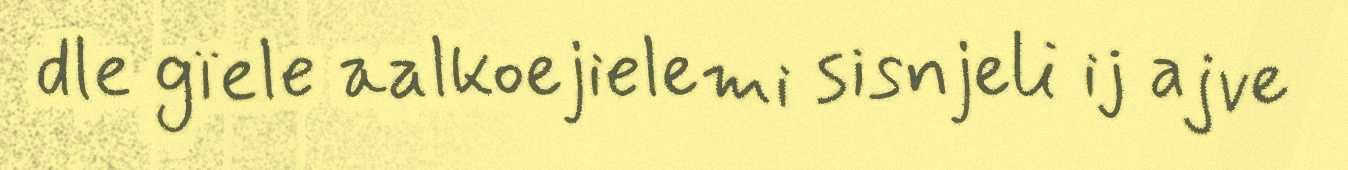
dle gïele aalkoejielemi sisnjeli ij ajve